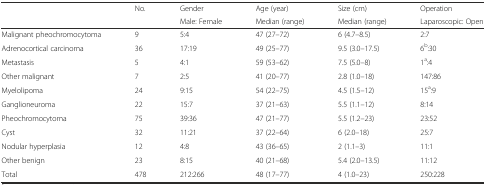
<table><thead><tr><td rowspan="2"></td><td rowspan="2"><b>No.</b></td><td><b>Gender</b></td><td><b>Age (year)</b></td><td><b>Size (cm)</b></td><td><b>Operation</b></td></tr><tr><td><b>Male: Female</b></td><td><b>Median (range)</b></td><td><b>Median (range)</b></td><td><b>Laparoscopic: Open</b></td></tr></thead><tbody><tr><td>Malignant pheochromocytoma</td><td>9</td><td>5:4</td><td>47 (27–72)</td><td>6 (4.7–8.5)</td><td>2:7</td></tr><tr><td>Adrenocortical carcinoma</td><td>36</td><td>17:19</td><td>49 (25–77)</td><td>9.5 (3.0–17.5)</td><td>6<sup>b</sup>:30</td></tr><tr><td>Metastasis</td><td>5</td><td>4:1</td><td>59 (53–62)</td><td>7.5 (5.0–8)</td><td>1<sup>a</sup>:4</td></tr><tr><td>Other malignant</td><td>7</td><td>2:5</td><td>41 (20–77)</td><td>2.8 (1.0–18)</td><td>147:86</td></tr><tr><td>Myelolipoma</td><td>24</td><td>9:15</td><td>54 (22–75)</td><td>4.5 (1.5–12)</td><td>15<sup>a</sup>:9</td></tr><tr><td>Ganglioneuroma</td><td>22</td><td>15:7</td><td>37 (21–63)</td><td>5.5 (1.1–12)</td><td>8:14</td></tr><tr><td>Pheochromocytoma</td><td>75</td><td>39:36</td><td>47 (21–77)</td><td>5.5 (1.2–23)</td><td>23:52</td></tr><tr><td>Cyst</td><td>32</td><td>11:21</td><td>37 (22–64)</td><td>6 (2.0–18)</td><td>25:7</td></tr><tr><td>Nodular hyperplasia</td><td>12</td><td>4:8</td><td>43 (36–65)</td><td>2 (1.1–3)</td><td>11:1</td></tr><tr><td>Other benign</td><td>23</td><td>8:15</td><td>40 (21–68)</td><td>5.4 (2.0–13.5)</td><td>11:12</td></tr><tr><td>Total</td><td>478</td><td>212:266</td><td>48 (17–77)</td><td>4 (1.0–23)</td><td>250:228</td></tr></tbody></table>